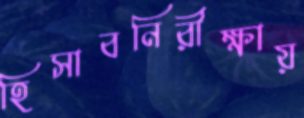
হিসাবনিরীক্ষায়